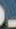
.